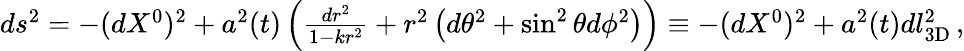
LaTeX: \begin{array}{r}{ds^{2}=-(dX^{0})^{2}+a^{2}(t)\left(\frac{dr^{2}}{1-kr^{2}}+r^{2}\left(d\theta^{2}+\sin^{2}\theta d\phi^{2}\right)\right)\equiv-(dX^{0})^{2}+a^{2}(t)dl_{3\textrm{D}}^{2}\, ,}\end{array}